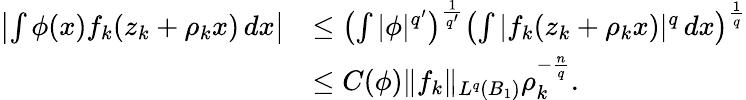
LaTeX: \begin{array}{rl}{\left|\int\phi(x)f_{k}(z_{k}+\rho_{k}x)\, dx\right|}&{\le\left(\int|\phi|^{q^{\prime}}\right)^{\frac{1}{q^{\prime}}}\left(\int|f_{k}(z_{k}+\rho_{k}x)|^{q}\, dx\right)^{\frac{1}{q}}}\\ &{\le C(\phi)\| f_{k}\| _{L^{q}(B_{1})}\rho_{k}^{-\frac{n}{q}}.}\end{array}